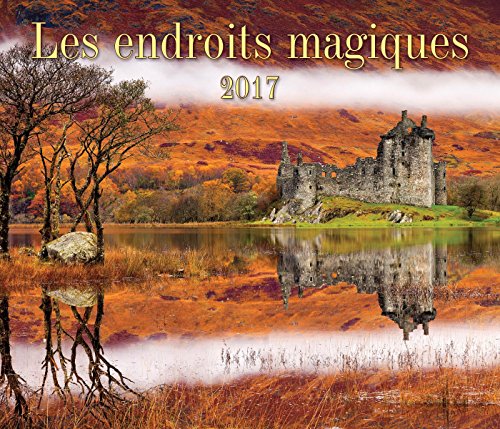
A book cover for Les endroits magiques 2017 (French Edition); Firefly Books; Travel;